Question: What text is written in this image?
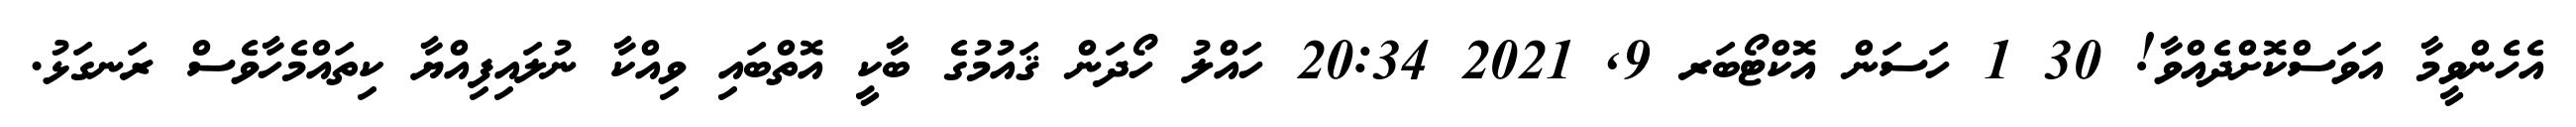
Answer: އެހެންވީމާ އަވަސްކޮށްދެއްވާ! 30 1 ހަސަން އޮކްޓޯބަރ 9, 2021 20:34 ހައްލު ހޯދަން ޤައުމުގެ ބާކީ އޮތްބައި ވިއްކާ ނުލައިފިއްޔާ ކިތައްމެހާވެސް ރަނގަޅު.